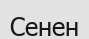
Сенен